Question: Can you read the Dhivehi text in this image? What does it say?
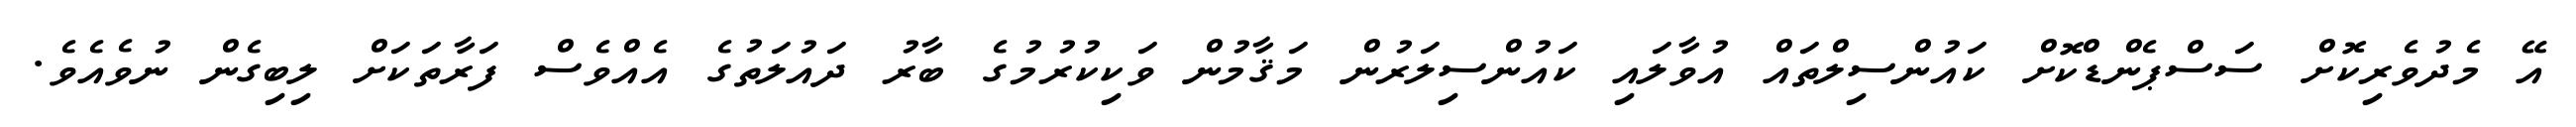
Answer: އޭ މެދުވެރިކޮށް ސަސްޕެންޑްކޮށް ކައުންސިލްތައް އުވާލައި ކައުންސިލަރުން މަޤާމުން ވަކިކުރުމުގެ ބާރު ދައުލަތުގެ އެއްވެސް ފަރާތަކަށް ލިބިގެން ނުވެއެވެ.